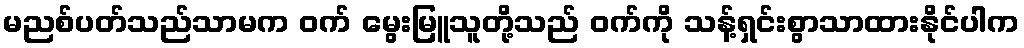
မညစ်ပတ်သည်သာမက ဝက် မွေးမြူသူတို့သည် ဝက်ကို သန့်ရှင်းစွာသာထားနိုင်ပါက